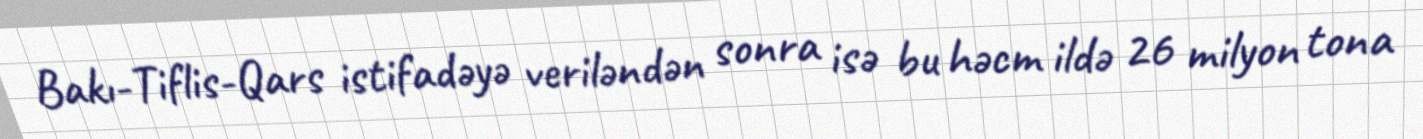
Bakı-Tiflis-Qars istifadəyə veriləndən sonra isə bu həcm ildə 26 milyon tona